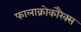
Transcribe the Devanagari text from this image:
फालाक्रोकोरैक्स